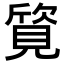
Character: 𬢀